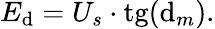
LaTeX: E_{\mathrm{d}}=U_{s}\cdot\mathrm{{tg}}(\mathrm{d}_{m}).